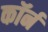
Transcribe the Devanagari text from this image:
कॉर्न